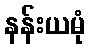
နန်းယမုံ